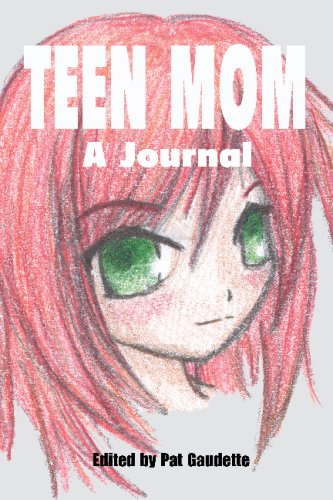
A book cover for Teen Mom: A Journal; Pat Gaudette; Parenting & Relationships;